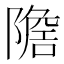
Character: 𨼧